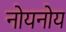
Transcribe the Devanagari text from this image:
नोयनोय